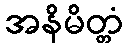
အနိမိတ္တံ